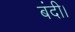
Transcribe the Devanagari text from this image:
बंदी।